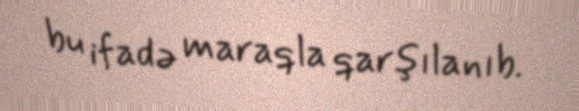
bu ifadə maraqla qarşılanıb.